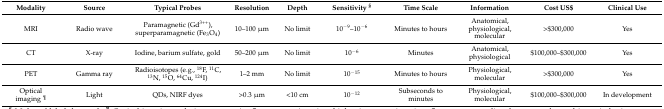
<table><thead><tr><td><b>Modality</b></td><td><b>Source</b></td><td><b>Typical Probes</b></td><td><b>Resolution</b></td><td><b>Depth</b></td><td><b>Sensitivity <sup>§</sup></b></td><td><b>Time Scale</b></td><td><b>Information</b></td><td><b>Cost US$</b></td><td><b>Clinical Use</b></td></tr></thead><tbody><tr><td>MRI</td><td>Radio wave</td><td>Paramagnetic (Gd<sup>3++</sup>), superparamagnetic (Fe<sub>3</sub>O<sub>4</sub>)</td><td>10–100 μm</td><td>No limit</td><td>10<sup>−9</sup>–10<sup>−6</sup></td><td>Minutes to hours</td><td>Anatomical, physiological, molecular</td><td>&gt;$300,000</td><td>Yes</td></tr><tr><td>CT</td><td>X-ray</td><td>Iodine, barium sulfate, gold</td><td>50–200 μm</td><td>No limit</td><td>10<sup>−6</sup></td><td>Minutes</td><td>Anatomical, physiological</td><td>$100,000–$300,000</td><td>Yes</td></tr><tr><td>PET</td><td>Gamma ray</td><td>Radioisotopes (e.g., <sup>18</sup>F, <sup>11</sup>C, <sup>13</sup>N, <sup>15</sup>O, <sup>64</sup>Cu, <sup>124</sup>I)</td><td>1–2 mm</td><td>No limit</td><td>10<sup>−15</sup></td><td>Minutes to hours</td><td>Physiological, molecular</td><td>&gt;$300,000</td><td>Yes</td></tr><tr><td>Optical imaging <sup>¶</sup></td><td>Light</td><td>QDs, NIRF dyes</td><td>&gt;0.3 μm</td><td>&lt;10 cm</td><td>10<sup>−12</sup></td><td>Subseconds to minutes</td><td>Physiological, molecular</td><td>$100,000–$300,000</td><td>In development</td></tr></tbody></table>